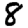
Digit: 8